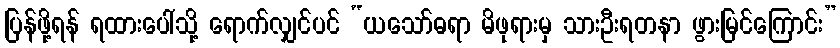
ပြန်ဖို့ရန် ရထားပေါ်သို့ ရောက်လျှင်ပင် “ယသော်ဓရာ မိဖုရားမှ သားဦးရတနာ ဖွားမြင်ကြောင်း”